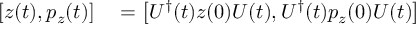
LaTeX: \begin{array} { r l } { \left[ z ( t ) , p _ { z } ( t ) \right] } & { { } = \left[ U ^ { \dagger } ( t ) z ( 0 ) U ( t ) , U ^ { \dagger } ( t ) p _ { z } ( 0 ) U ( t ) \right] } \end{array}